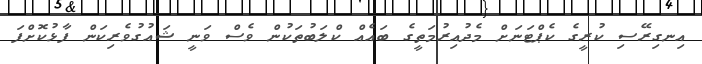
އިނގިރޭސި ކުރީގެ ކެޕްޓަނަށް މެދުއިރުމަތީގެ ބައެއް ކްލަބުތަކުން ވެސް ވަނީ ޝައުގުވެރިކަން ފާޅުކޮށްފަ